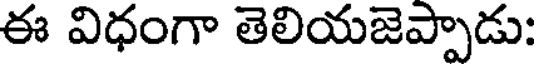
ఈ విధంగా తెలియజెప్పాడు: